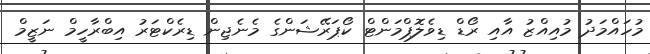
މުހައްމަދު މުއިއްޒު އާއި ރޯޑް ޑިވެލޮޕްމަންޓް ކޯޕަރޭޝަންގެ މެނެޖިން ޑިރެކްޓަރު އިބްރާހީމް ނަޒީމް